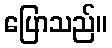
ပြောသည်။